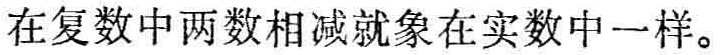
在复数中两数相减就象在实数中一样。